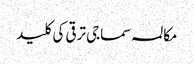
مکالمہ سماجی ترقی کی کلید